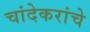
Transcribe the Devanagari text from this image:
चांदेकरांचे